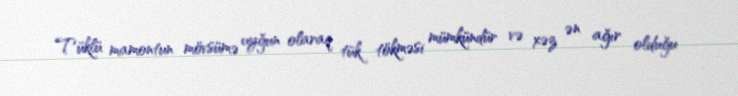
Tüklü mamontun mövsümə uyğun olaraq tük tökməsi mümkündür və xəz ən ağır olduğu